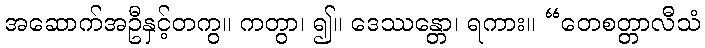
အဆောက်အဦနှင့်တကွ။ ကတွာ၊ ၍။ ဒေဿန္တော၊ ရကား။ “တေစတ္တာလီသံ